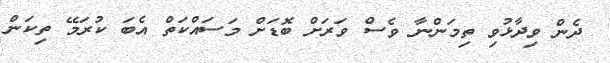
ދެން ވިދާޅުވި ތިމަންނާ ވެސް ވަރަށް ބޮޑަށް މަސައްކަތް އެބަ ކުރަމޭ ތިކަން